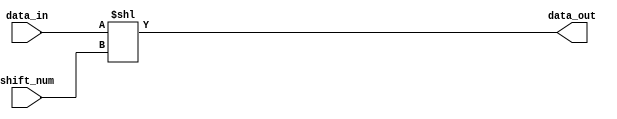
module shl(
    input [31:0] data_in,
    input [31:0] shift_num,
    output [31:0] data_out
);
        assign data_out = data_in << shift_num;
endmodule